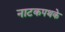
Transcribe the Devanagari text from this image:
नाटकपथके